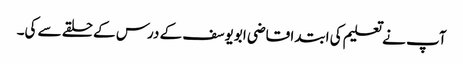
آپ نے تعلیم کی ابتدا قاضی ابویوسف کے درس کے حلقے سے کی۔